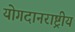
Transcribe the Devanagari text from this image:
योगदानराष्ट्रीय